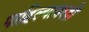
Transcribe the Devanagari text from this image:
पाहिल्यावरही